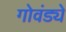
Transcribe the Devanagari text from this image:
गोवंड्ये